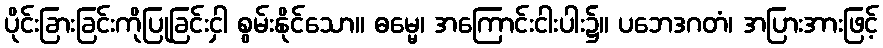
ပိုင်းခြားခြင်းကိုပြုခြင်းငှါ စွမ်းနိုင်သော။ ဓမ္မေ၊ အကြောင်းငါးပါး၌။ ပဘေဒဂတံ၊ အပြားအားဖြင့်